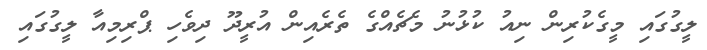
ލީގުގައި މީގެކުރިން ނިއު ކުޅުނު މެޗެއްގެ ތެރެއިން އުރީދޫ ދިވެހި ޕްރިމިއާ ލީގުގައި